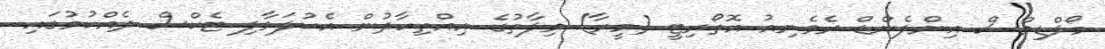
މޯލްޑިވްސް އިންލެންޑް ރެވެނިއު އޮތޯރިޓީ (މީރާ) ވިލާތުގެ އިއްތިހާދުން އެކުލަވާލި ޓެކްސް ދެއްކުމުގައި